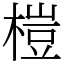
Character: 榿